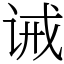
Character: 诫